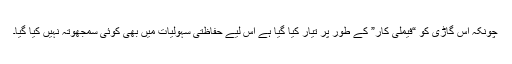
چونکہ اس گاڑی کو “فیملی کار” کے طور پر تیار کیا گیا ہے اس لیے حفاظتی سہولیات میں بھی کوئی سمجھوتہ نہیں کیا گیا۔